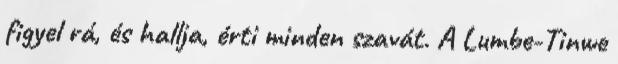
figyel rá, és hallja, érti minden szavát. A Lumbe-Tinwe